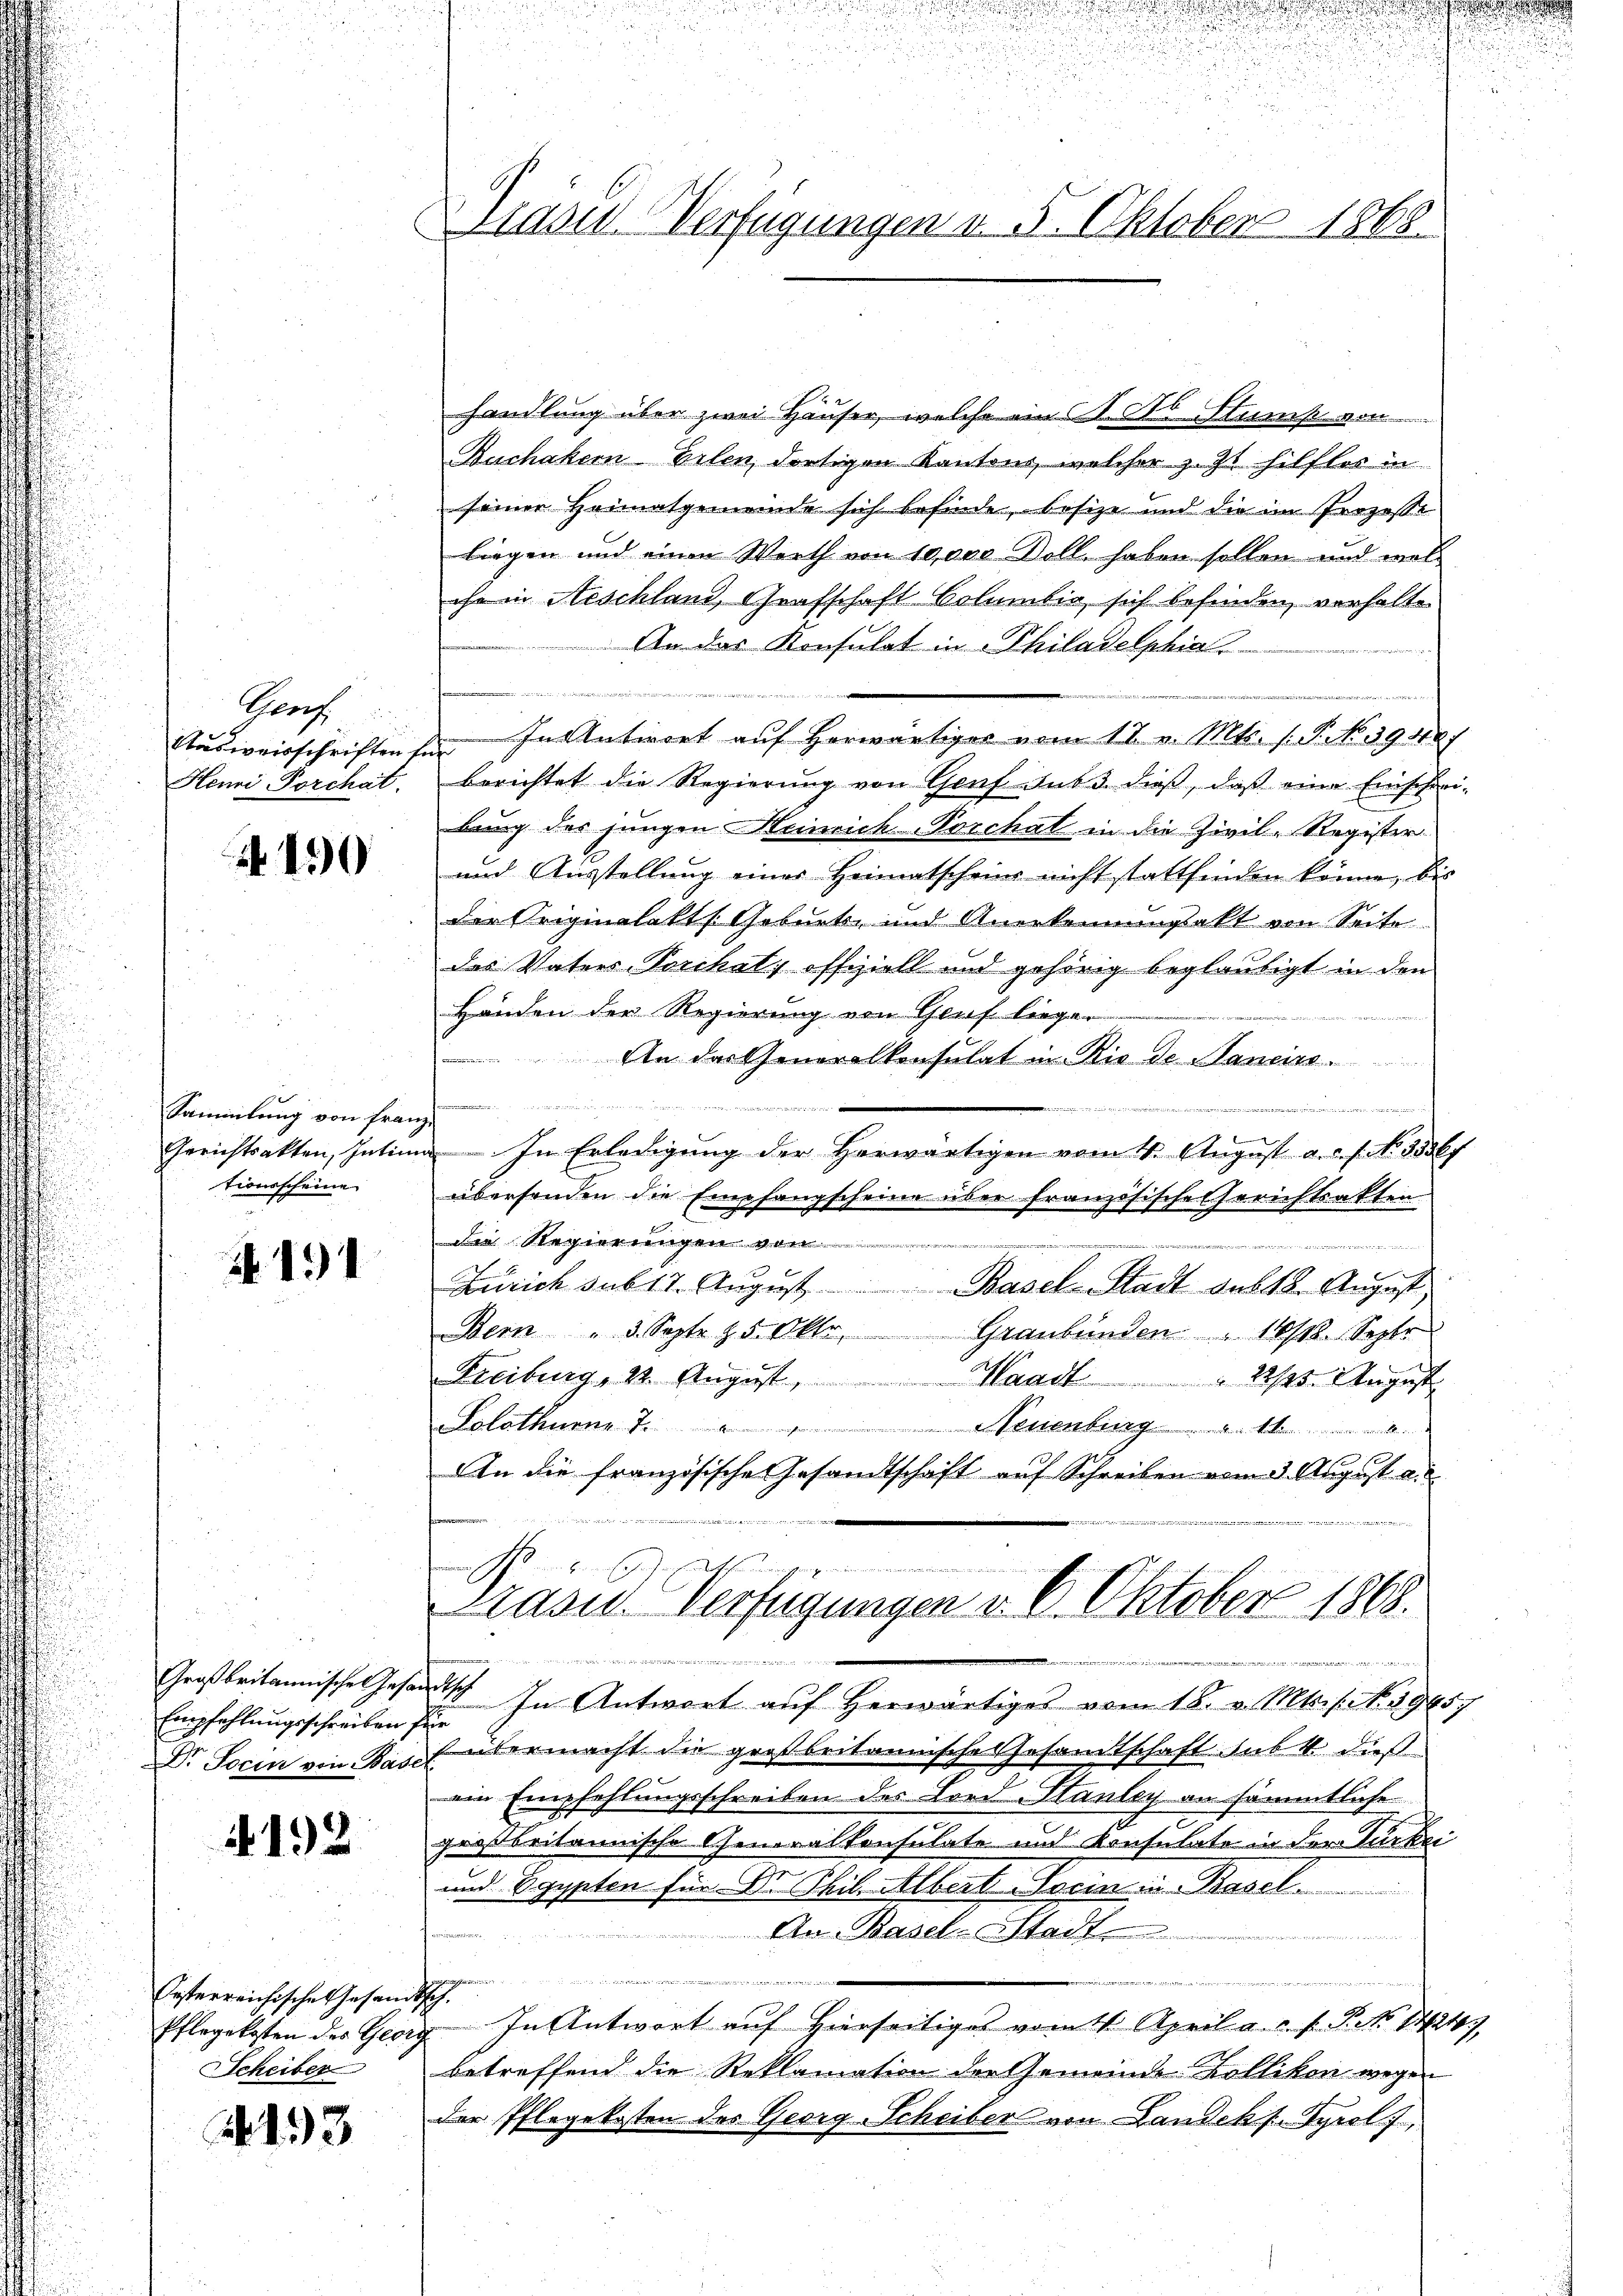
Genf
Henri Porchat.

4430

Sammlung von Franz
tionsscheine

.191

Empfehlungsschreiben für
Dr. Sorin von Basel

192

Oesterreichische Gesandtsch.
Scheiber

2153

Präses Verfügungen v. 5. Oktobers 1865.

handlung über zwei Häuser, welche ein St. So Stump von
Buchakern Eilen, dortigen Kantons, welcher z. Zt. hilftes in
seiner Heimatgemeinde sich befinde, besize und die im Prozesse
liegen und einen Werth von 10,000 Doll, haben sollen und wel
che in Aeschland, Grafschaft Columbia sich befinden, verhalte
An das Konsulat in Philadelphia
Ausweisschriften hin. In Antwort auf herwärtiges vom 11. v. Mts. s. S. No 39427
berichtet die Regierung von Genf sub 3. dieß, daß eine Einscheri-
bung des jungen Heinrich-Porchal in die Zivil-Register
und Ausstellung einer Heimatscheins nicht stattfinden könne, bis
der Originalakts Geburts- und Anerkennungsakt von Seite
das Vaters Porchatz offiziell und gehörig beglaubigt in den
Händen der Regierung von Gruf liege.
An das Generalkonsulat in Rio de Sancinse
i
Gerichtsakten Intium In Erledigung der herwärtigen vom 4. August a. a. f. No. 355 f
übersenden die Empfangscheine über französische Gerichtsakten
Die Regierungen von
r
Zürich sub 17. August Basel-Stadt sub 18. August.
Bern " 5. Septe §. 5. Oktr
Graubünden " 16/12. Septe
Freiburg, 22. August, Waadt
 22/25. August
Kalathun.
Neuenburg
An die französische Gesandtschaft auf Schreiben vom 3. August a
fmanns
Prasid. Verfügungen v. 6. Oktober 1868.
enzimmen, den der den der
n
Großbritannische Gesandt. In Antwort auf herwärtiges vom 18. v. Mts. f. No. 19657
Gütermacht die großbritannische Gesamtschaft sub. 4. dieß
ein Empfehlungsschreiben des Lord-Hanley an sämmtliche
großbritannische Generalkonsulate und Konsulate in der Türkei
und Egypten für Dr. Phil. Albert Socin in Basel
An Basel-Stadt
ii, denn ei
thanen eine
Pflegekosten des Georg. In Antwort auf hierseitiges vom 11. April a. a. f. P. No. 1421,
betreffend die Reklamation der Gemeinde Bollikon wegen
der Pflegekosten des Georg-Scheiber von Landek s. Tyrol,